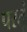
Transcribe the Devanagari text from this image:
परतूं